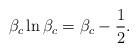
LaTeX: \begin{align*}\beta_c\ln\beta_c = \beta_c-{\frac{1}{2}}.\end{align*}